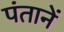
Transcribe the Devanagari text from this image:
पंतानें